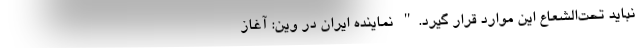
نباید تحت‌الشعاع این موارد قرار گیرد." نماینده ایران در وین: آغاز